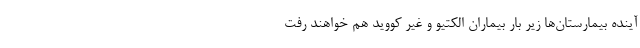
آینده بیمارستان‌ها زیر بار بیماران الکتیو و غیر کووید هم خواهند رفت